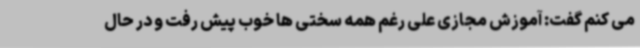
می کنم گفت: آموزش مجازی علی رغم همه سختی ها خوب پیش رفت و در حال